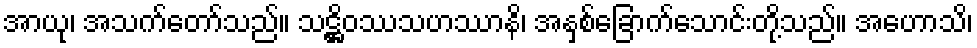
အာယု၊ အသက်တော်သည်။ သဋ္ဌိဝဿသဟဿာနိ၊ အနှစ်ခြောက်သောင်းတို့သည်။ အဟောသိ၊